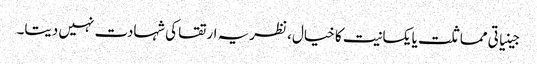
جینیاتی مماثلت یا یکسانیت کا خیال، نظریہ ارتقا کی شہادت نہیں دیتا۔